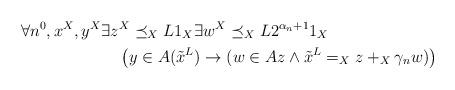
LaTeX: \begin{align*}&\forall n^0,x^X,y^X\exists z^X\preceq_X L1_X\exists w^X\preceq_XL2^{\alpha_n+1}1_X\\&\qquad\qquad\qquad\left(y\in A(\tilde{x}^L)\rightarrow (w\in Az\land \tilde{x}^L=_Xz+_X\gamma_n w)\right)\end{align*}